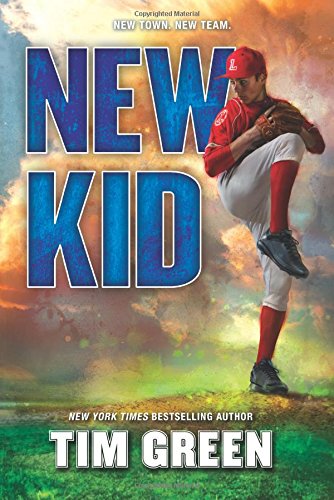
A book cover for New Kid; Tim Green; Children's Books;